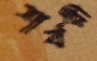
শর্বরী